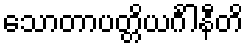
သောတာပတ္တိယင်္ဂါနီတိ